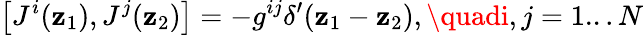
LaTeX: \left[J^{i}(\mathbf{z}_{1}),J^{j}(\mathbf{z}_{2})\right]=-g^{ij}\delta^{\prime}(\mathbf{z}_{1}-\mathbf{z}_{2}),\quadi,j=1...N